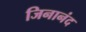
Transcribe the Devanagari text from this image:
जिनानंद